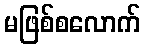
မဖြစ်စလောက်